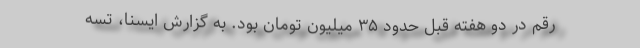
رقم در دو هفته قبل حدود ۳۵ میلیون تومان بود. به گزارش ایسنا، تسه